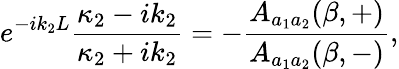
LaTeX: e^{-ik_{2}L}\frac{\kappa_{2}-ik_{2}}{\kappa_{2}+ik_{2}}=-\frac{A_{a_{1}a_{2}}(\beta,+)}{A_{a_{1}a_{2}}(\beta,-)},